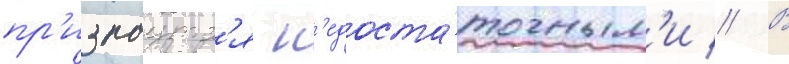
пр'изнаутс'я н'едоста́точным'и // В